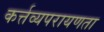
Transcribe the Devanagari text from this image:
कर्त्तव्यपरायणता